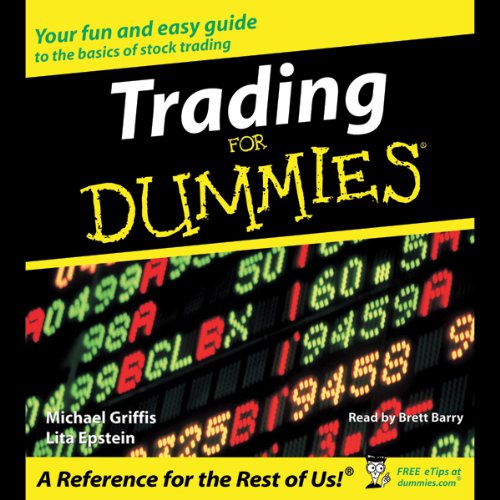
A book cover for Trading for Dummies; Michael Griffis; Business & Money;